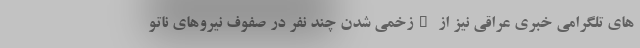
های تلگرامی خبری عراقی نیز از "زخمی شدن چند نفر در صفوف نیروهای ناتو